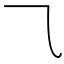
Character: ⺄